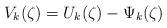
LaTeX: \begin{align*}V_k(\zeta)=U_k(\zeta)-\Psi_k(\zeta)\end{align*}